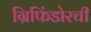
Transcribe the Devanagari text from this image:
ग्रिफिंडोरची